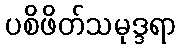
ပစိဖိတ်သမုဒ္ဒရာ